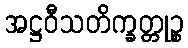
အဋ္ဌဝီသတိက္ခတ္တုဉ္စ